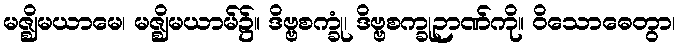
မဇ္ဈိမယာမေ၊ မဇ္ဈိမယာမ်၌။ ဒိဗ္ဗစက္ခုံ၊ ဒိဗ္ဗစက္ခုဉာဏ်ကို။ ဝိသောဓေတွာ၊